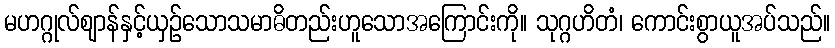
မဟဂ္ဂုလ်ဈာန်နှင့်ယှဉ်သောသမာဓိတည်းဟူသောအကြောင်းကို။ သုဂ္ဂဟိတံ၊ ကောင်းစွာယူအပ်သည်။